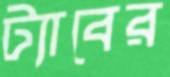
ট্যাবের